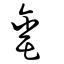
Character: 𦉈